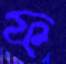
ফ